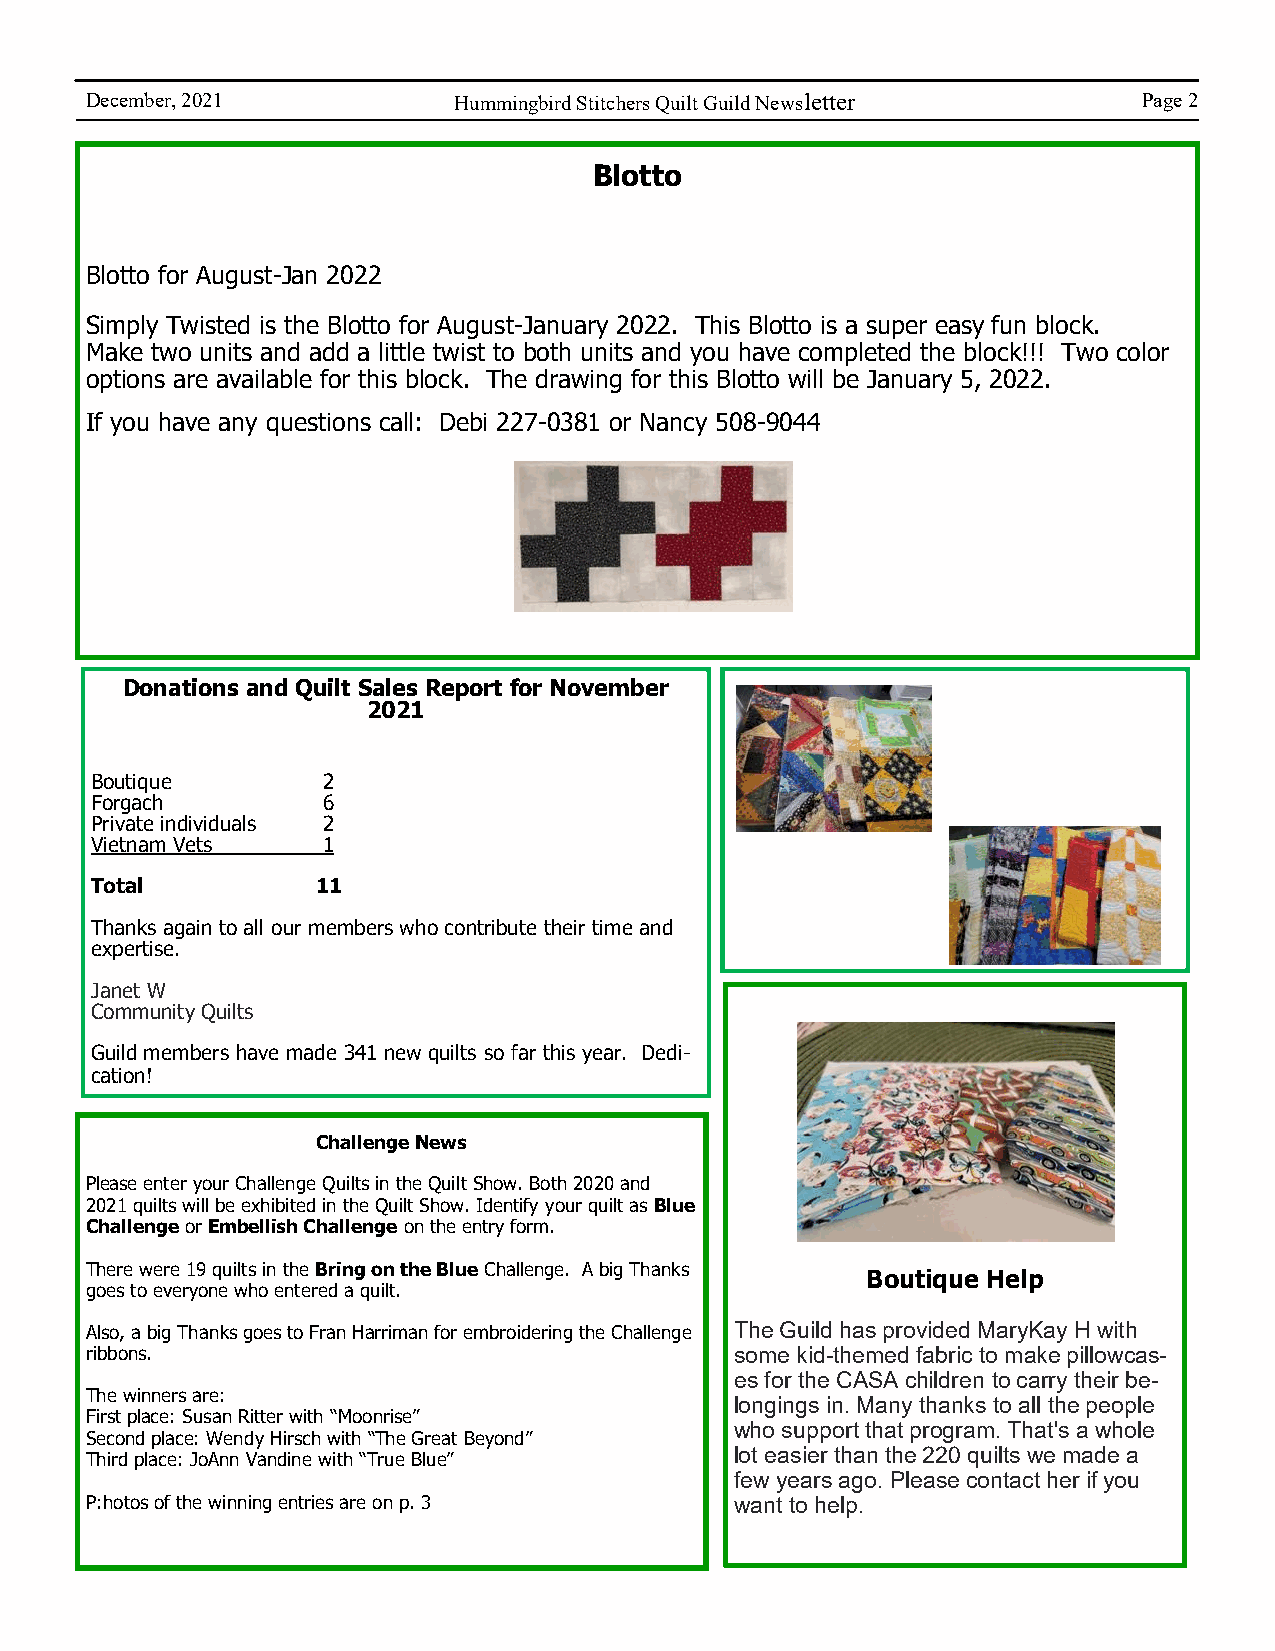
December, 2021          Hummingbird Stitchers Quilt Guild Newsletter  Page 2
 Blotto
 Blotto for August-Jan 2022
 Simply Twisted is the Blotto for August-January 2022. This Blotto is a super easy fun block.
 Make two units and add a little twist to both units and you have completed the block!!! Two color
 options are available for this block. The drawing for this Blotto will be January 5, 2022.
 If you have any questions call: Debi 227-0381 or Nancy 508-9044
 Donations and Quilt Sales Report for November
 2021
 Boutique       2
 Forgach        6
 Private individuals 2
 Vietnam Vets   1
 Total          11
 Thanks again to all our members who contribute their time and
 expertise.
 Janet W
 Community Quilts
 Guild members have made 341 new quilts so far this year. Dedi-
 cation!
 Challenge News
 Please enter your Challenge Quilts in the Quilt Show. Both 2020 and
 2021 quilts will be exhibited in the Quilt Show. Identify your quilt as Blue
 Challenge or Embellish Challenge on the entry form.
 There were 19 quilts in the Bring on the Blue Challenge. A big Thanks
 Boutique Help
 goes to everyone who entered a quilt.
 Also, a big Thanks goes to Fran Harriman for embroidering the Challenge The Guild has provided MaryKay H with
 ribbons.                                   some kid-themed fabric to make pillowcas-
 es for the CASA children to carry their be-
 The winners are:
 longings in. Many thanks to all the people
 First place: Susan Ritter with “Moonrise”
 who support that program. That's a whole
 Second place: Wendy Hirsch with “The Great Beyond”
 Third place: JoAnn Vandine with “True Blue” lot easier than the 220 quilts we made a
 few years ago. Please contact her if you
 P:hotos of the winning entries are on p. 3 want to help.